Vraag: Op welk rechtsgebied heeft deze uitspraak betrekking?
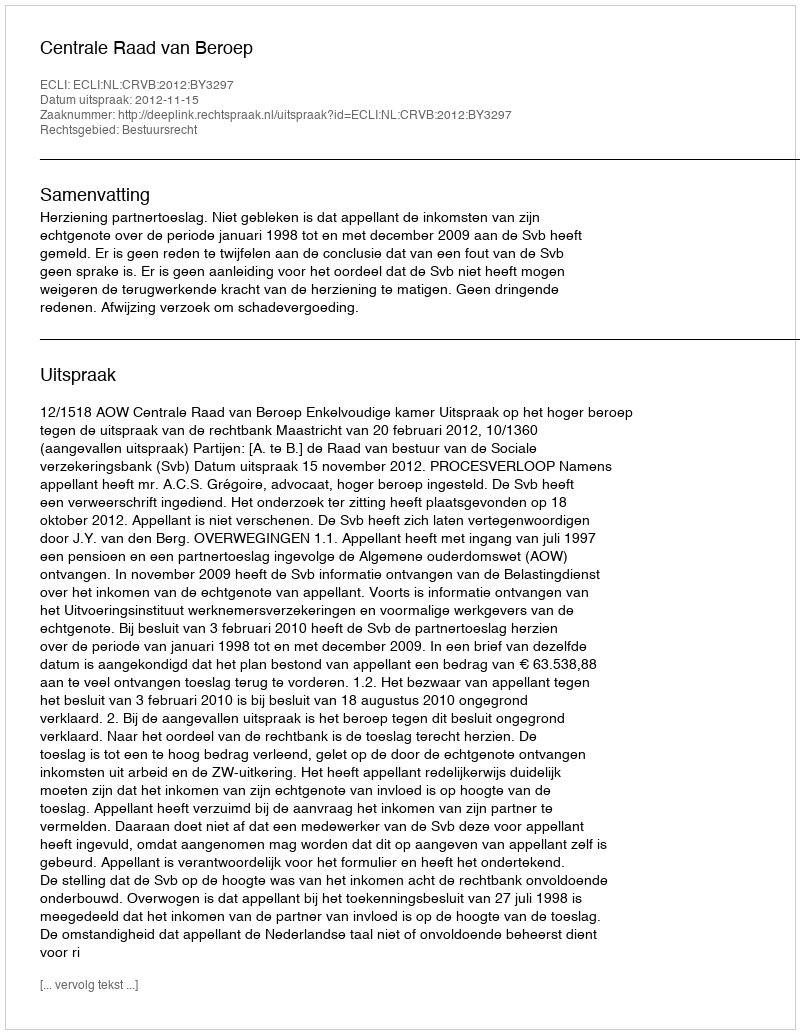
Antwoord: Bestuursrecht